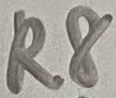
Text: R8